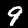
Digit: 9